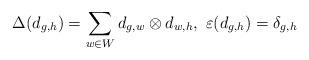
LaTeX: \begin{align*}\Delta(d_{g,h})=\sum_{w\in W} d_{g,w}\otimes d_{w,h},~\varepsilon(d_{g,h})=\delta_{g,h}\end{align*}